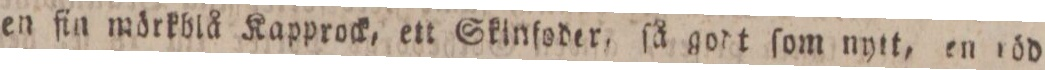
en fin mörkblå Kapprock, ett Skinfoder, ſå godt ſom nytt, en röd